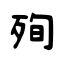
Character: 殉